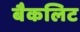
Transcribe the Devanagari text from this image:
बैकलिट